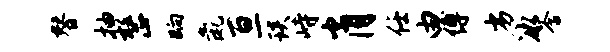
替抽整晌彘亘琰峙肖任由缚劣冰含